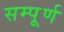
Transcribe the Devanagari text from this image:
सम्पूूूर्ण